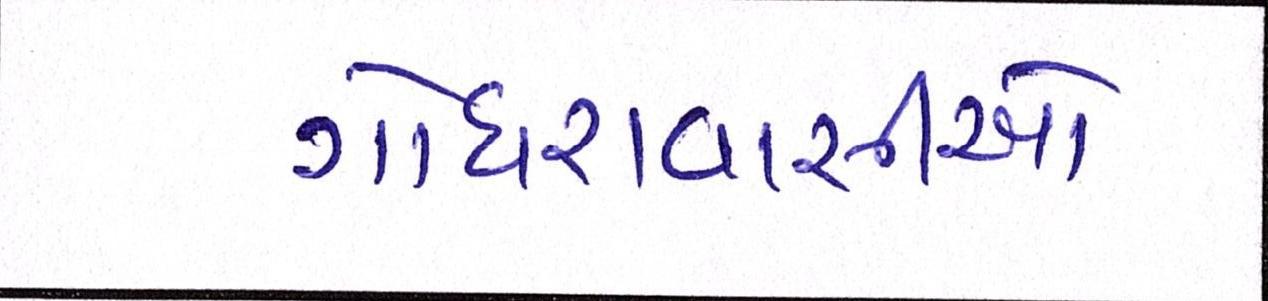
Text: ગોધરાવાસીઓ